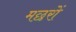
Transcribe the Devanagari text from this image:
मछरों